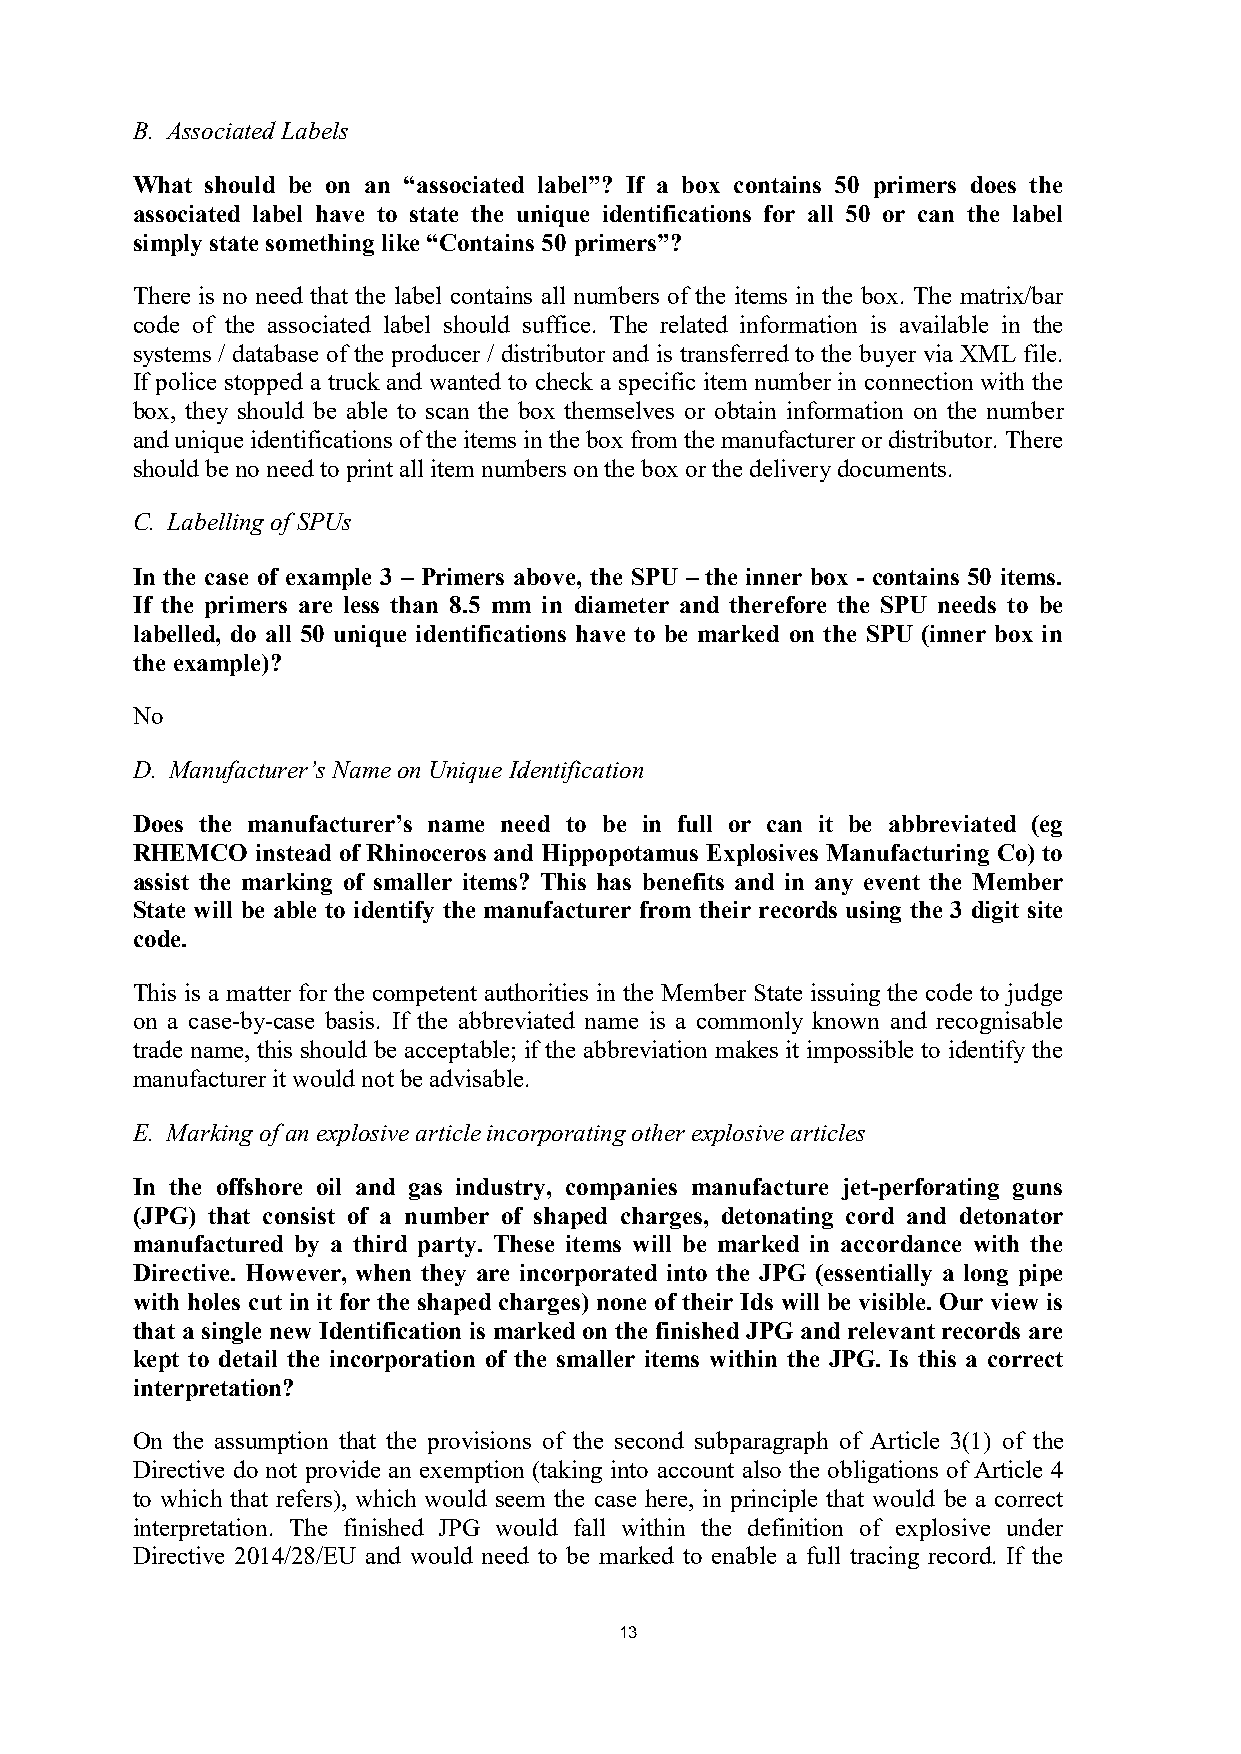
B. Associated Labels
 What should be on an “associated label”? If a box contains 50 primers does the
 associated label have to state the unique identifications for all 50 or can the label
 simply state something like “Contains 50 primers”?
 There is no need that the label contains all numbers of the items in the box. The matrix/bar
 code of the associated label should suffice. The related information is available in the
 systems / database of the producer / distributor and is transferred to the buyer via XML file.
 If police stopped a truck and wanted to check a specific item number in connection with the
 box, they should be able to scan the box themselves or obtain information on the number
 and unique identifications of the items in the box from the manufacturer or distributor. There
 should be no need to print all item numbers on the box or the delivery documents.
 C. Labelling of SPUs
 In the case of example 3 – Primers above, the SPU – the inner box - contains 50 items.
 If the primers are less than 8.5 mm in diameter and therefore the SPU needs to be
 labelled, do all 50 unique identifications have to be marked on the SPU (inner box in
 the example)?
 No
 D. Manufacturer’s Name on Unique Identification
 Does the manufacturer’s name need to be in full or can it be abbreviated (eg
 RHEMCO  instead of Rhinoceros and Hippopotamus Explosives Manufacturing Co) to
 assist the marking of smaller items? This has benefits and in any event the Member
 State will be able to identify the manufacturer from their records using the 3 digit site
 code.
 This is a matter for the competent authorities in the Member State issuing the code to judge
 on a case-by-case basis. If the abbreviated name is a commonly known and recognisable
 trade name, this should be acceptable; if the abbreviation makes it impossible to identify the
 manufacturer it would not be advisable.
 E. Marking of an explosive article incorporating other explosive articles
 In the offshore oil and gas industry, companies manufacture jet-perforating guns
 (JPG) that consist of a number of shaped charges, detonating cord and detonator
 manufactured by a third party. These items will be marked in accordance with the
 Directive. However, when they are incorporated into the JPG (essentially a long pipe
 with holes cut in it for the shaped charges) none of their Ids will be visible. Our view is
 that a single new Identification is marked on the finished JPG and relevant records are
 kept to detail the incorporation of the smaller items within the JPG. Is this a correct
 interpretation?
 On the assumption that the provisions of the second subparagraph of Article 3(1) of the
 Directive do not provide an exemption (taking into account also the obligations of Article 4
 to which that refers), which would seem the case here, in principle that would be a correct
 interpretation. The finished JPG would fall within the definition of explosive under
 Directive 2014/28/EU and would need to be marked to enable a full tracing record. If the
 13